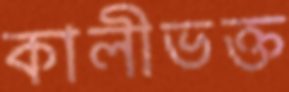
কালীভক্ত